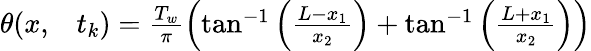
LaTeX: \begin{array}{rl}{\theta(x,}&{{}t_{k})=\frac{T_{w}}{\pi}\left(\tan^{-1}\left(\frac{L-x_{1}}{x_{2}}\right)+\tan^{-1}\left(\frac{L+x_{1}}{x_{2}}\right)\right)}\end{array}